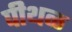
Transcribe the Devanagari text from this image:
पीथळ